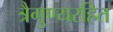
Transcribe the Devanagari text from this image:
त्रैगुण्यरहित